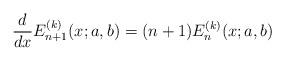
LaTeX: \begin{align*}\frac{d}{dx}{E}^{(k)}_{n+1}(x;a,b)=(n+1){E}^{(k)}_{n}(x;a,b)\end{align*}